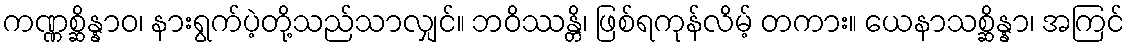
ကဏ္ဏစ္ဆိန္နာဝ၊ နားရွက်ပဲ့တို့သည်သာလျှင်။ ဘဝိဿန္တိ၊ ဖြစ်ရကုန်လိမ့် တကား။ ယေနာသစ္ဆိန္နာ၊ အကြင်